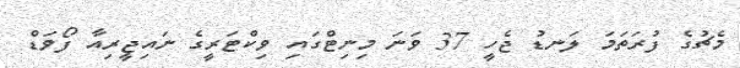
މެޗުގެ ފުރަތަމަ ލަނޑު ޖެހީ 37 ވަނަ މިނިޓްގައި ވިކްޓަރީގެ ނައިޖީރިއާ ފޯވަޑް